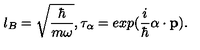
l _ { B } = \sqrt { { \frac { \hbar } { m \omega } } } , \tau _ { \bf \alpha } = e x p ( { \frac { i } { \hbar } } { \bf \alpha } \cdot { \bf p } ) .